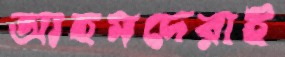
আহমদেরাই